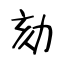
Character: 劾